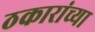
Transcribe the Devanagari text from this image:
ठकारांच्या